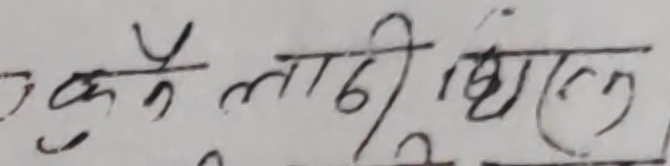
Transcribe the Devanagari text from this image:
उके लायि मिल्नु